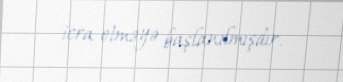
icra etməyə başlanılmışdır.